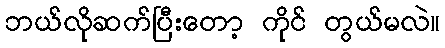
ဘယ်လိုဆက်ပြီးတော့ ကိုင် တွယ်မလဲ။